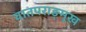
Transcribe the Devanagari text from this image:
वातपराङ्‌मुख